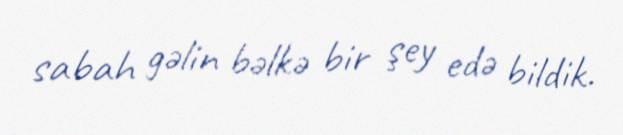
sabah gəlin bəlkə bir şey edə bildik.